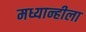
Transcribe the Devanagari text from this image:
मध्यान्हीला